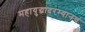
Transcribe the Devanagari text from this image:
महायुद्धादरम्यानचं